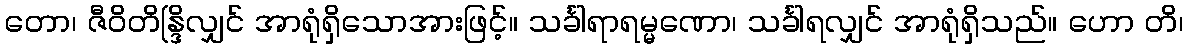
တော၊ ဇီဝိတိန္ဒြိလျှင် အာရုံရှိသောအားဖြင့်။ သင်္ခါရာရမ္မဏော၊ သင်္ခါရလျှင် အာရုံရှိသည်။ ဟော တိ၊